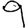
Digit: 9